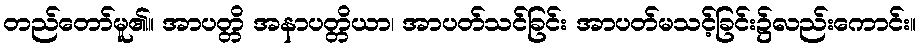
တည်တော်မူ၏။ အာပတ္တိ အနာပတ္တိယာ၊ အာပတ်သင်ခြင်း အာပတ်မသင့်ခြင်း၌လည်းကောင်း။